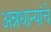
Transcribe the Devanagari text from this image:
अन्नधान्यांचे